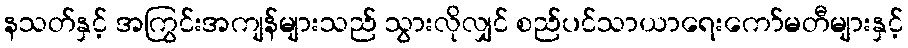
နသတ်နှင့် အကြွင်းအကျန်များသည် သွားလိုလျှင် စည်ပင်သာယာရေးကော်မတီများနှင့်